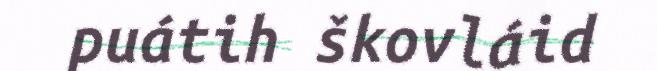
puátih škovláid